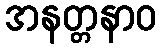
အနတ္တနာဝ